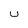
Character: u